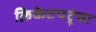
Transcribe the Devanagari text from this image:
क्रिकेटपटूंचा